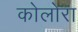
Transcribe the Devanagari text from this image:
कोलोरा